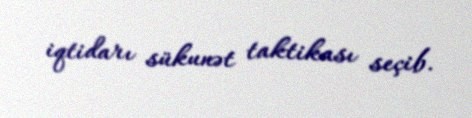
iqtidarı sükunət taktikası seçib.